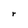
Character: r